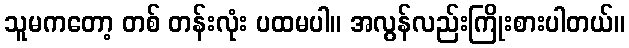
သူမကတော့ တစ် တန်းလုံး ပထမပါ။ အလွန်လည်းကြိုးစားပါတယ်။